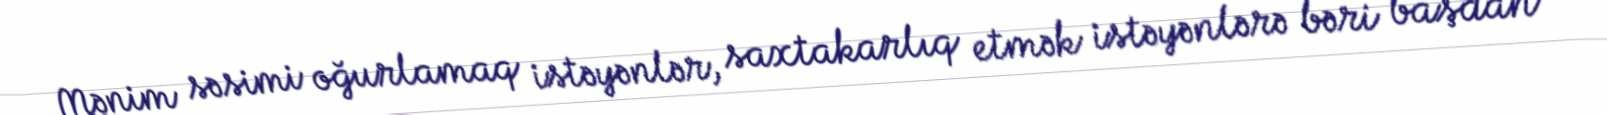
Mənim səsimi oğurlamaq istəyənlər, saxtakarlıq etmək istəyənlərə bəri başdan